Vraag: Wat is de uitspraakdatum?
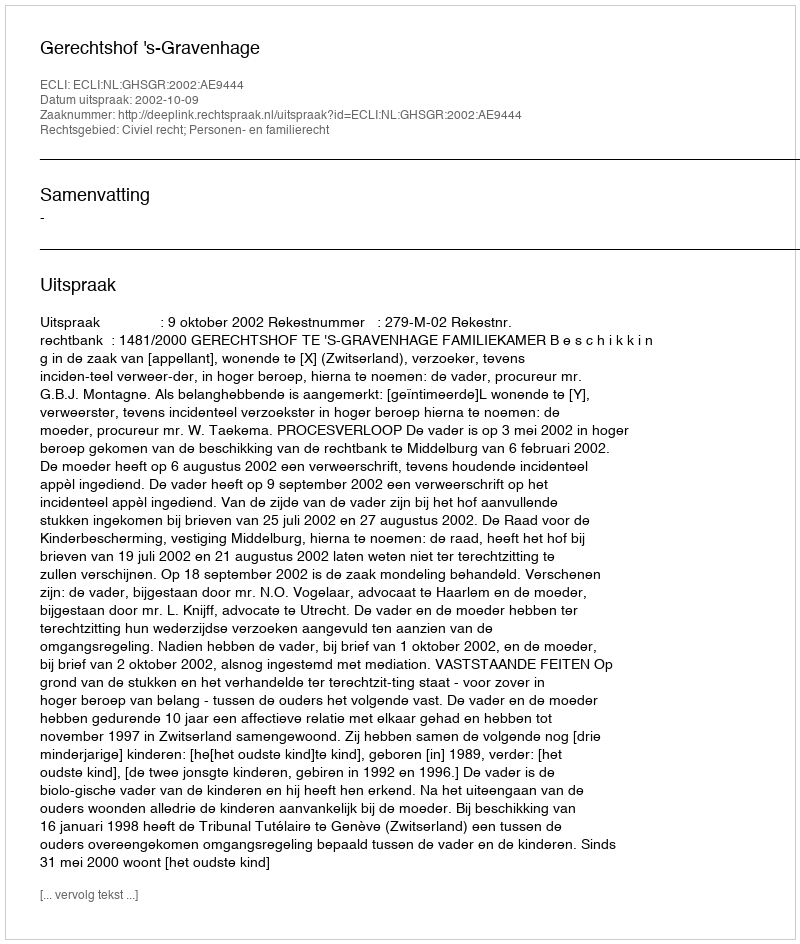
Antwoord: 2002-10-09